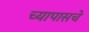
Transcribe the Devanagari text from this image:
च्यापासचे